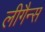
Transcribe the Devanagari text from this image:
लीगैन्स